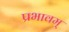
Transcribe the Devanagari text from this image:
प्रभावम्